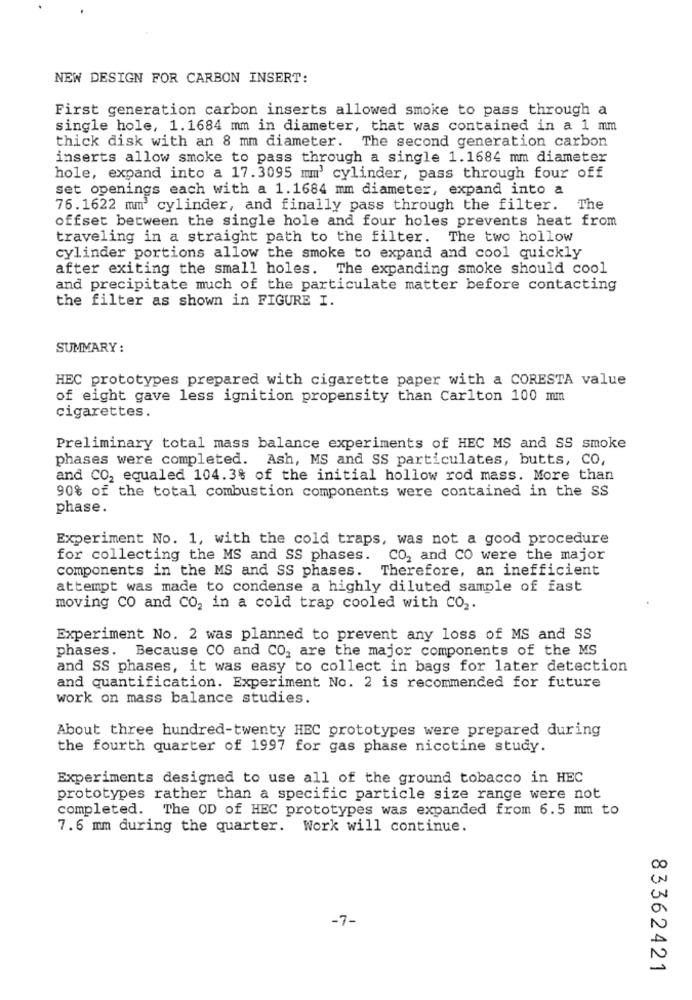
NEW DESIGN FOR CARBON INSERT:
First generation carbon inserts allowed smoke to pass through a
single hole, 1.1684 mm in diameter, that was contained in a 1 mm
thick disk with an 8 mm diameter. The second generation carbon
inserts allow smoke to pass through a single 1.1684 mm diameter
hole, expand into a 17.3095 mm' cylinder, pass through four off
set openings each with a 1.1684 mm diameter, expand into a
76.1622 mm3 cylinder, and finally pass through the filter. The
offset between the single hole and four holes prevents heat from
traveling in a straight path to the filter. The two hollow
cylinder portions allow the smoke to expand and cool quickly
after exiting the small holes. The expanding smoke should cool
and precipitate much of the particulate matter before contacting
the filter as shown in FIGURE I.
SUMMARY :
HEC prototypes prepared with cigarette paper with a CORESTA value
of eight gave less ignition propensity than Carlton 100 mm
cigarettes.
Preliminary total mass balance experiments of HEC MS and SS smoke
phases were completed. Ash, MS and SS particulates, butts, CO,
and CO2 equaled 104.3% of the initial hollow rod mass. More than
90% of the total combustion components were contained in the SS
phase.
Experiment No. 1, with the cold traps, was not a good procedure
for collecting the MS and SS phases. CO, and CO were the major
components in the MS and SS phases. Therefore, an inefficient
attempt was made to condense a highly diluted sample of fast
moving CO and CO, in a cold trap cooled with CO2.
Experiment No. 2 was planned to prevent any loss of MS and SS
phases. Because CO and CO, are the major components of the MS
and SS phases, it was easy to collect in bags for later detection
and quantification. Experiment No. 2 is recommended for future
work on mass balance studies.
About three hundred-twenty HEC prototypes were prepared during
the fourth quarter of 1997 for gas phase nicotine study.
Experiments designed to use all of the ground tobacco in HEC
prototypes rather than a specific particle size range were not
completed. The OD of HEC prototypes was expanded from 6.5 mm to
7.6 mm during the quarter. Work will continue.
-7-
83362421